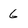
Character: 6